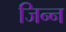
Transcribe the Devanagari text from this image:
जिन्‍न